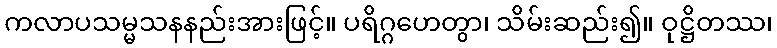
ကလာပသမ္မသနနည်းအားဖြင့်။ ပရိဂ္ဂဟေတွာ၊ သိမ်းဆည်း၍။ ဝုဋ္ဌိတဿ၊